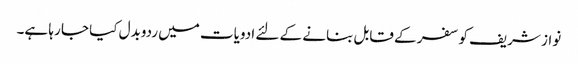
نواز شریف کو سفر کے قابل بنانے کے لئے ادویات میں ردوبدل کیا جا رہا ہے۔